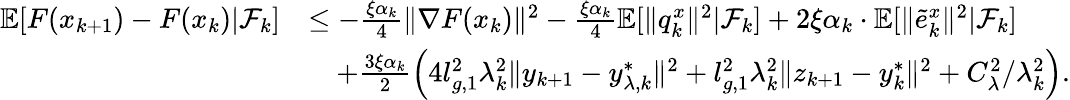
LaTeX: \begin{array}{rl}{\mathbb{E}[F(x_{k+1})-F(x_{k})|\mathcal{F}_{k}]}&{\le-\frac{\xi\alpha_{k}}{4}\| \nabla F(x_{k})\| ^{2}-\frac{\xi\alpha_{k}}{4}\mathbb{E}[\| q_{k}^{x}\| ^{2}|\mathcal{F}_{k}]+2\xi\alpha_{k}\cdot\mathbb{E}[\| \tilde{e}_{k}^{x}\| ^{2}|\mathcal{F}_{k}]}\\ &{\quad+\frac{3\xi\alpha_{k}}{2}\left(4l_{g,1}^{2}\lambda_{k}^{2}\| y_{k+1}-y_{\lambda,k}^{*}\| ^{2}+l_{g,1}^{2}\lambda_{k}^{2}\| z_{k+1}-y_{k}^{*}\| ^{2}+C_{\lambda}^{2}/\lambda_{k}^{2}\right).}\end{array}